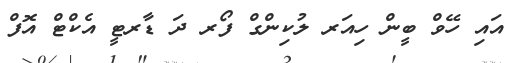
އައި ހޭވް ބީން ހިއަރ ލުކިންގް ފޯރ ދަ ޑާރޓީ އެކްޓް އޮފް